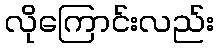
လိုကြောင်းလည်း